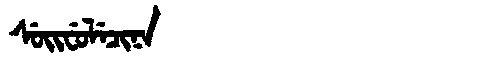
Manchu: ᠰᡠᡳᠸᡠᠯᡝᠴᡳᠨᠠ
Romanization: SUIFULECINA